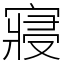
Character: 寢